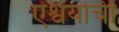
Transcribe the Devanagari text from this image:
ऐश्वर्याची